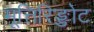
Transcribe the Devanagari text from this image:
मूत्तिरिङ्ङोट